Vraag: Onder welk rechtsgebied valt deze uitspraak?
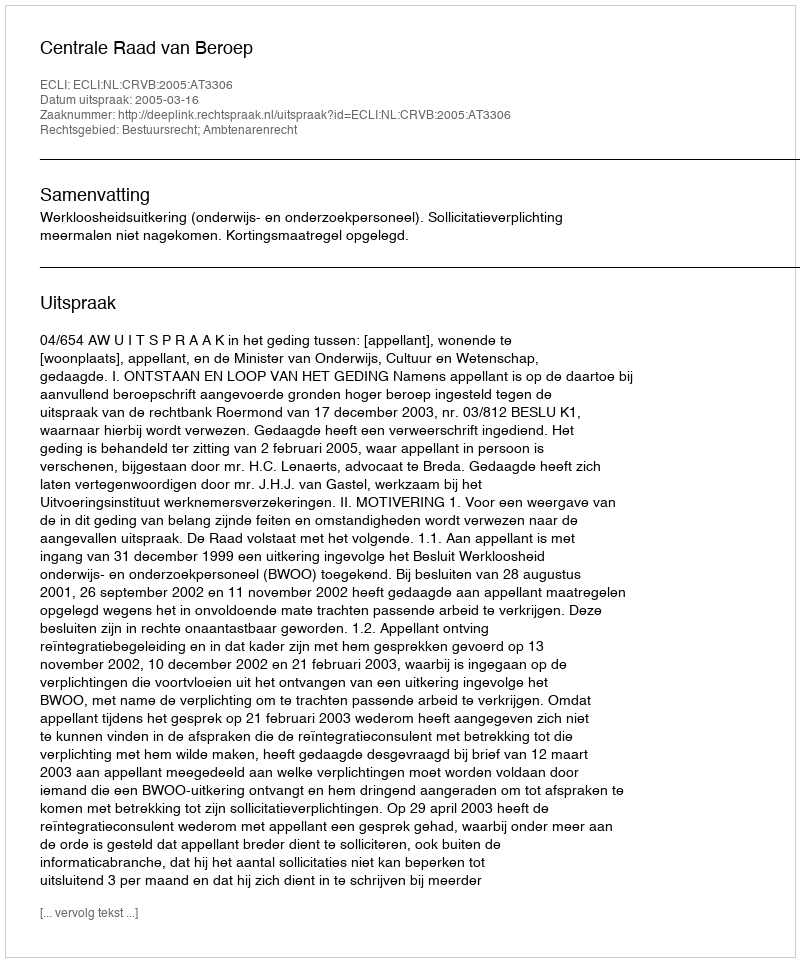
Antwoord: Bestuursrecht; Ambtenarenrecht